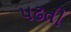
પઢતી